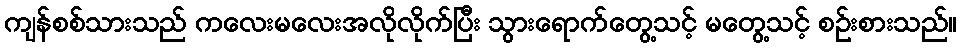
ကျန်စစ်သားသည် ကလေးမလေးအလိုလိုက်ပြီး သွားရောက်တွေ့သင့် မတွေ့သင့် စဉ်းစားသည်။